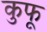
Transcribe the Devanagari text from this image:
कुफू